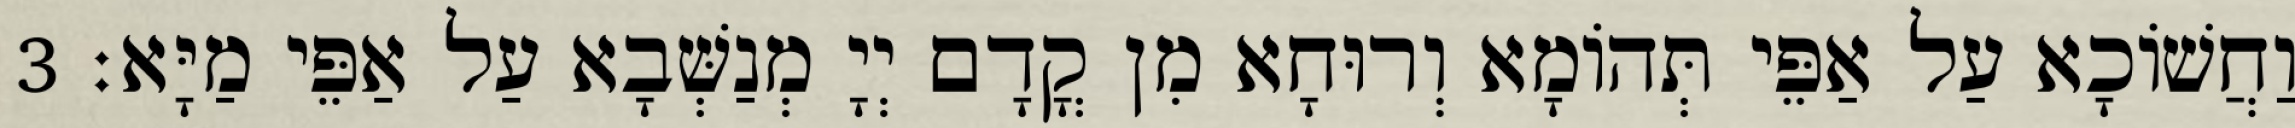
וַחֲשׁוֹכָא עַל אַפֵּי תְּהוֹמָא וְרוּחָא מִן קֳדָם יְיָ מְנַשְּׁבָא עַל אַפֵּי מַיָּא׃ 3